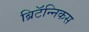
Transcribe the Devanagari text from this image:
ब्रिटॅन्निकस